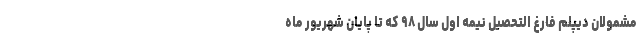
مشمولان دیپلم فارغ التحصیل نیمه اول سال ۹۸ که تا پایان شهریور ماه